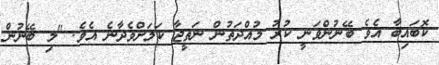
ކޮބައިބާ އެވެ ބޭނުންވަނީ ކުރު މުއްދަތުން ނަތީޖާ ކަމަށްވެދާނެ އެވެ. "މި ބޭނުން